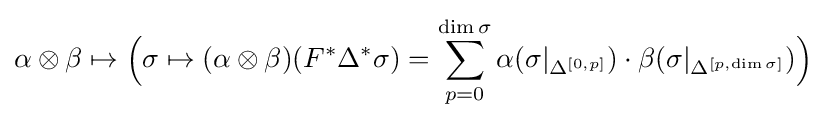
\alpha \otimes \beta \mapsto {\Big (}\sigma \mapsto (\alpha \otimes \beta )(F^{*}\Delta ^{*}\sigma )=\sum _{p=0}^{\dim \sigma }\alpha (\sigma |_{\Delta ^{[0,p]}})\cdot \beta (\sigma |_{\Delta ^{[p,\dim \sigma ]}}){\Big )}